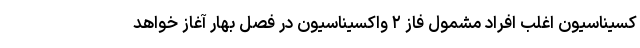
کسیناسیون اغلب افراد مشمول فاز ۲ واکسیناسیون در فصل بهار آغاز خواهد